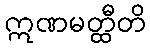
ဣဏမတ္ထီတိ